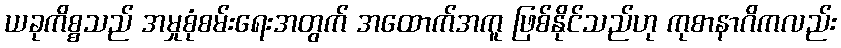
ယခုကိစ္စသည် အမှုစုံစမ်းရေးအတွက် အထောက်အကူ ဖြစ်နိုင်သည်ဟု ကုစာနာဂိကလည်း